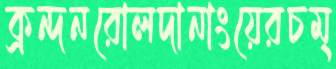
ক্রন্দনরোলদানাংয়েরচম্‌